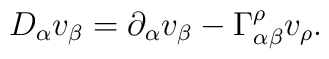
D_{\alpha}v_{\beta} = \partial_{\alpha} v_{\beta} -  \Gamma_{\alpha\beta}^{\rho}v_{\rho}.